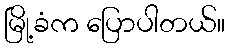
မြို့ခံက ပြောပါတယ်။